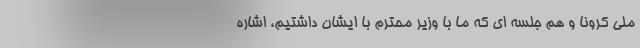
ملی کرونا و هم جلسه ای که ما با وزیر محترم با ایشان داشتیم، اشاره